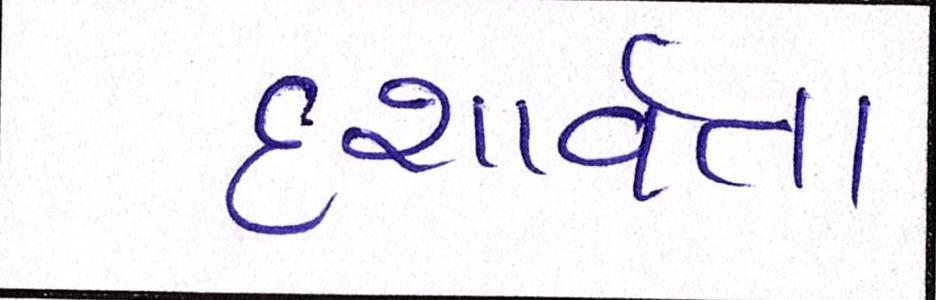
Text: દશાર્વતા